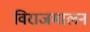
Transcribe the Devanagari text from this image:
विराजमालन